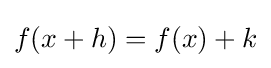
f(x+h)=f(x)+k